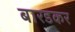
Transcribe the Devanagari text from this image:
बारडकर